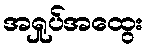
အရှုပ်အထွေး